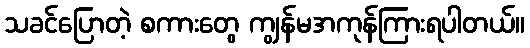
သခင်ပြောတဲ့ စကားတွေ ကျွန်မအကုန်ကြားရပါတယ်။